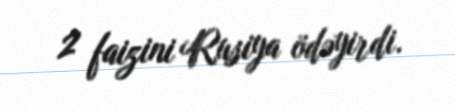
2 faizini Rusiya ödəyirdi.